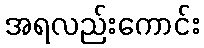
အရလည်းကောင်း